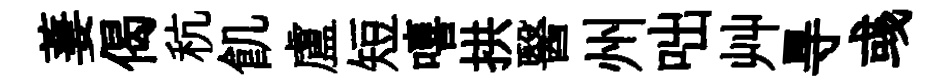
萋偈秔飢盧短嘻拱醫州咄艸㝵彧